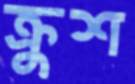
ক্রুশ